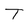
Character: T